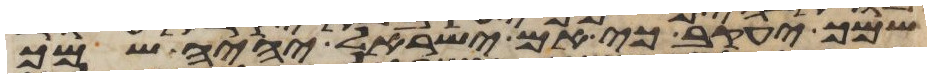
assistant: שמך יעקב כי אם ישראל יהיה שמך